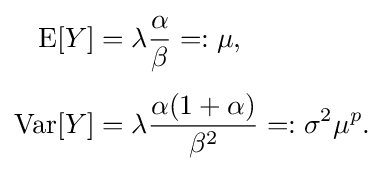
{\begin{aligned}\operatorname {E} [Y]&=\lambda {\frac {\alpha }{\beta }}=:\mu ,\\[4pt]\operatorname {Var} [Y]&=\lambda {\frac {\alpha (1+\alpha )}{\beta ^{2}}}=:\sigma ^{2}\mu ^{p}.\end{aligned}}